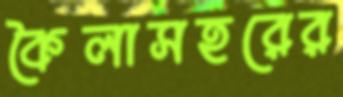
কৈলাসহরের